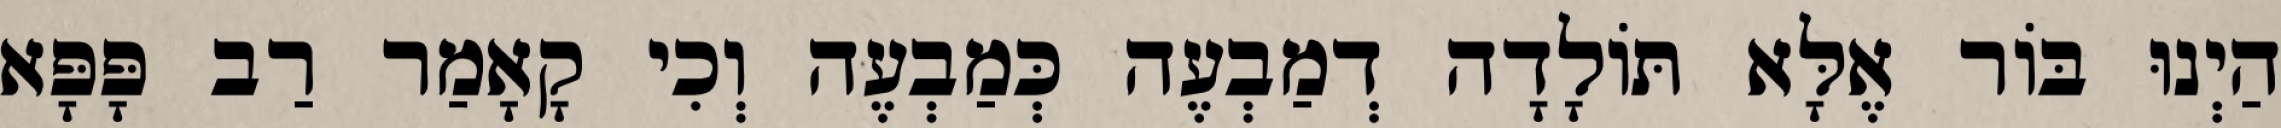
הַיְנוּ בּוֹר אֶלָּא תּוֹלָדָה דְמַבְעֶה כְּמַבְעֶה וְכִי קָאָמַר רַב פָּפָּא